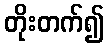
တိုးတက်၍